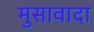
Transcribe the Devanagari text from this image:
मुसावादा